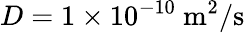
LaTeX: D=1\times 10^{-10}~\mathrm{m}^{2}/\mathrm{s}